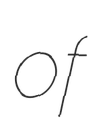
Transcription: of